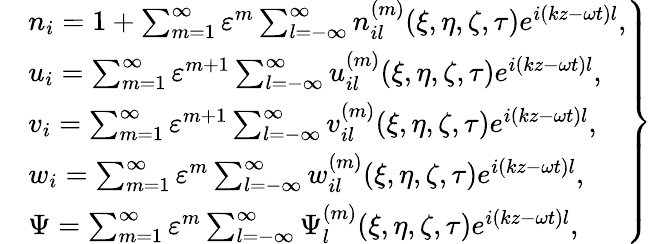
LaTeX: \left.\begin{array}{rl}&{n_{i}=1+\sum_{m=1}^{\infty}\varepsilon^{m}\sum_{l=-\infty}^{\infty}n_{il}^{(m)}(\xi,\eta,\zeta,\tau)e^{i(kz-\omega t)l},}\\ &{u_{i}=\sum_{m=1}^{\infty}\varepsilon^{m+1}\sum_{l=-\infty}^{\infty}u_{il}^{(m)}(\xi,\eta,\zeta,\tau)e^{i(kz-\omega t)l},}\\ &{v_{i}=\sum_{m=1}^{\infty}\varepsilon^{m+1}\sum_{l=-\infty}^{\infty}v_{il}^{(m)}(\xi,\eta,\zeta,\tau)e^{i(kz-\omega t)l},}\\ &{w_{i}=\sum_{m=1}^{\infty}\varepsilon^{m}\sum_{l=-\infty}^{\infty}w_{il}^{(m)}(\xi,\eta,\zeta,\tau)e^{i(kz-\omega t)l},}\\ &{\Psi=\sum_{m=1}^{\infty}\varepsilon^{m}\sum_{l=-\infty}^{\infty}\Psi_{l}^{(m)}(\xi,\eta,\zeta,\tau)e^{i(kz-\omega t)l},}\end{array}\right\}